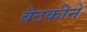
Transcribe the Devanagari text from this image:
बैठकीने